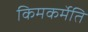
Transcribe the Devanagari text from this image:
किमकर्मेति